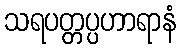
သရပတ္တပ္ပဟာရာနံ